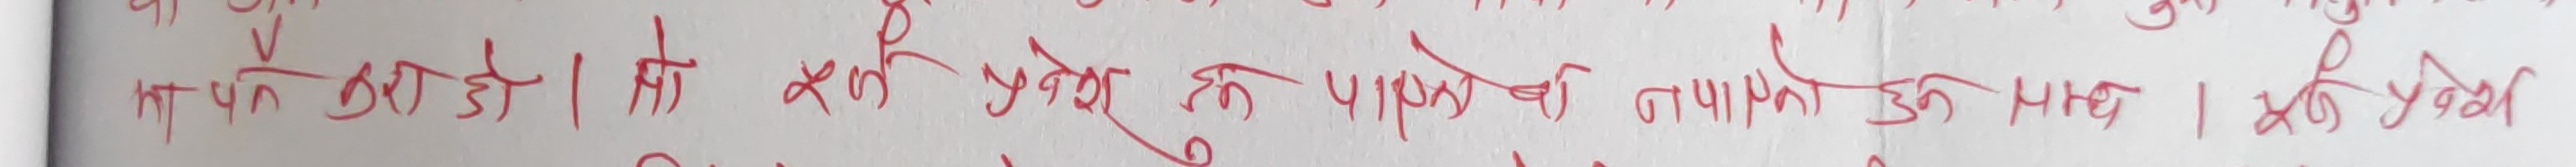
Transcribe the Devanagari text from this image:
ग पन ०९०३० | तो एक प्रवेक छ पायक को नपामिक को माछ | एक प्रवेक